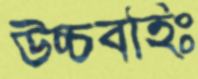
উচ্চবহিঃ